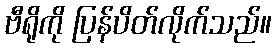
ဗီရိုကို ပြန်ပိတ်လိုက်သည်။